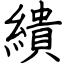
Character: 繢